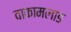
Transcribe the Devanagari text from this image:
वाकामलाङ